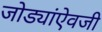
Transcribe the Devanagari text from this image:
जोड्यांऐवजी